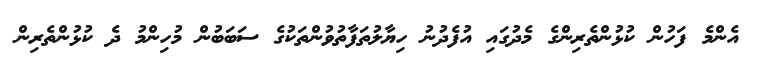
އެންމެ ފަހުން ކުޅުންތެރިންގެ މެދުގައި އުފެދުނު ހިޔާލުތަފާތުވުންތަކުގެ ސަބަބުން މުހިންމު ދެ ކުޅުންތެރިން